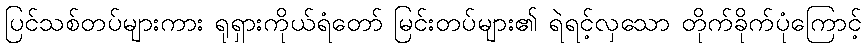
ပြင်သစ်တပ်များကား ရုရှားကိုယ်ရံတော် မြင်းတပ်များ၏ ရဲရင့်လှသော တိုက်ခိုက်ပုံကြောင့်